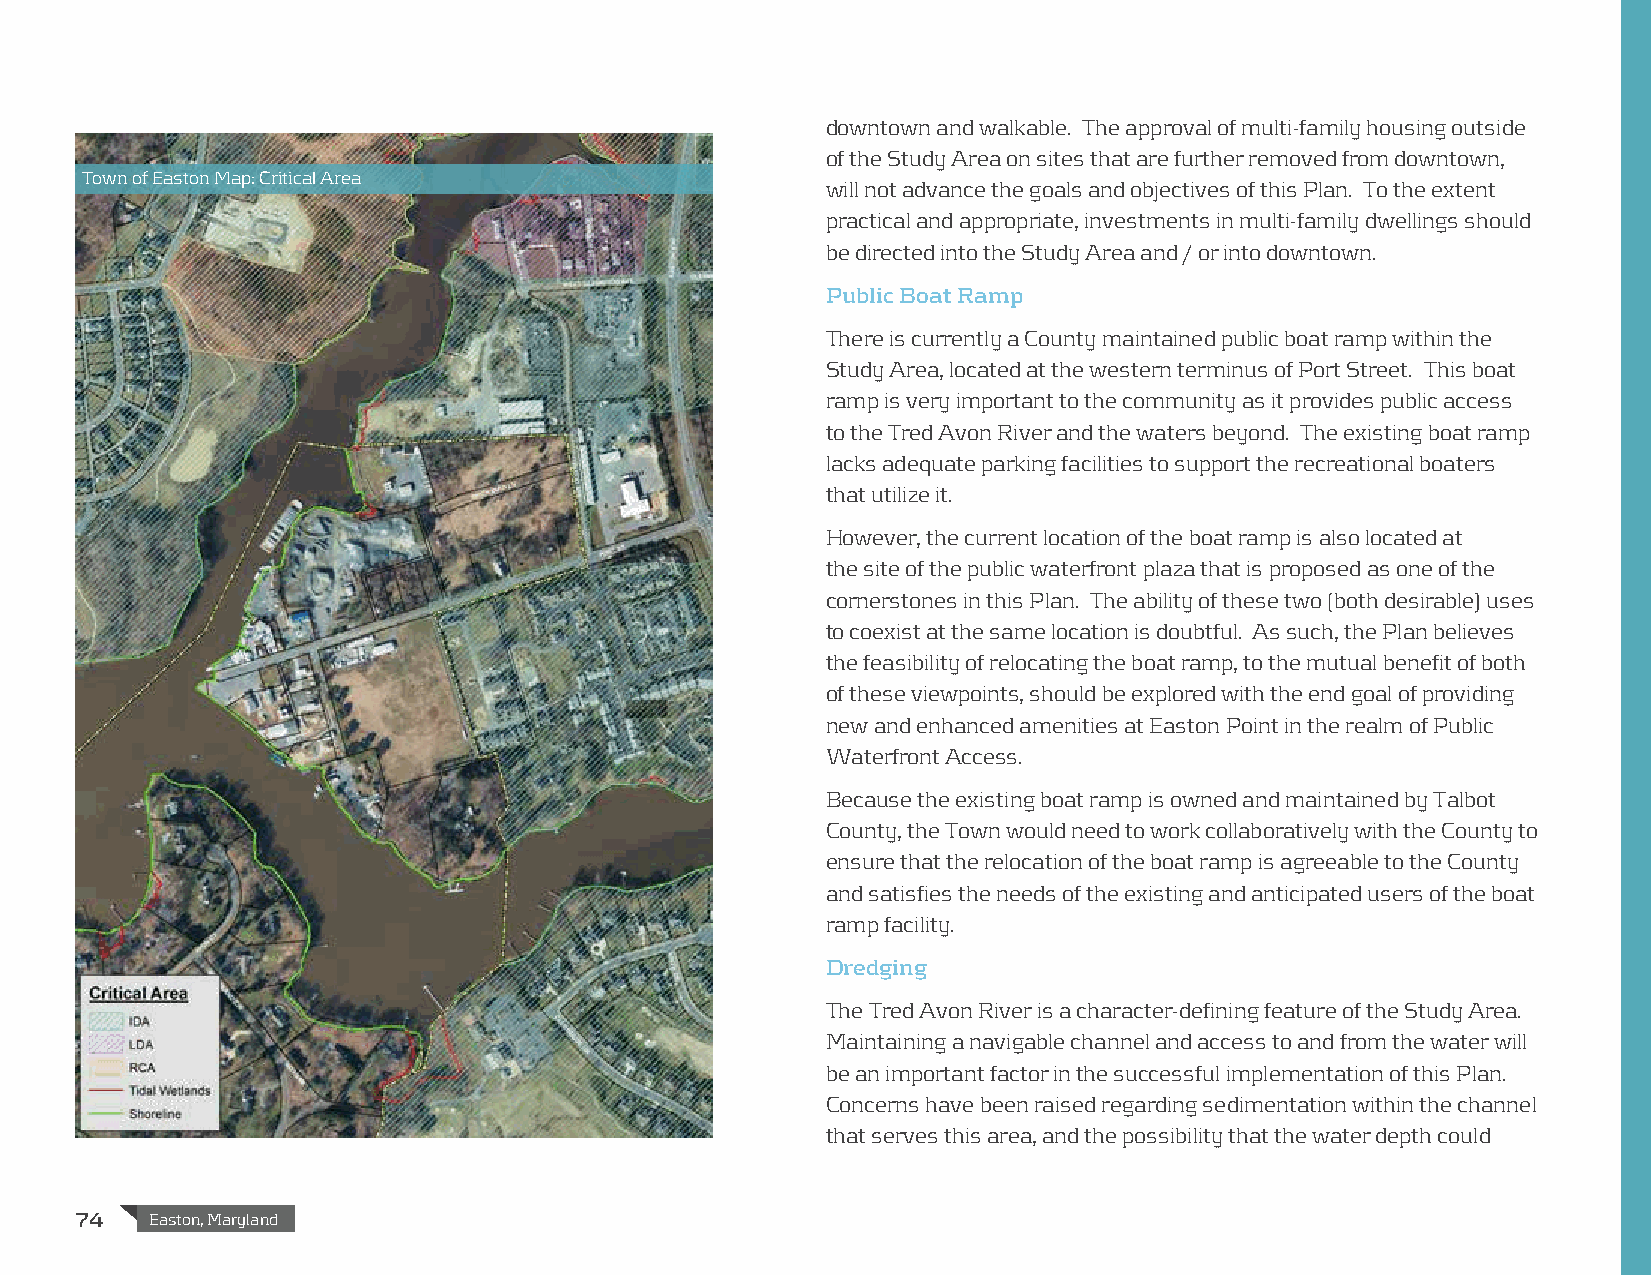
downtown and walkable. The approval of multi-family housing outside
 of the Study Area on sites that are further removed from downtown,
 Town of Easton Map: Critical Area
 will not advance the goals and objectives of this Plan. To the extent
 practical and appropriate, investments in multi-family dwellings should
 be directed into the Study Area and / or into downtown.
 Public Boat Ramp
 There is currently a County maintained public boat ramp within the
 Study Area, located at the western terminus of Port Street. This boat
 ramp is very important to the community as it provides public access
 to the Tred Avon River and the waters beyond. The existing boat ramp
 lacks adequate parking facilities to support the recreational boaters
 that utilize it.
 However, the current location of the boat ramp is also located at
 the site of the public waterfront plaza that is proposed as one of the
 cornerstones in this Plan. The ability of these two (both desirable) uses
 to coexist at the same location is doubtful. As such, the Plan believes
 the feasibility of relocating the boat ramp, to the mutual benefit of both
 of these viewpoints, should be explored with the end goal of providing
 new and enhanced amenities at Easton Point in the realm of Public
 Waterfront Access.
 Because the existing boat ramp is owned and maintained by Talbot
 County, the Town would need to work collaboratively with the County to
 ensure that the relocation of the boat ramp is agreeable to the County
 and satisfies the needs of the existing and anticipated users of the boat
 ramp facility.
 Dredging
 The Tred Avon River is a character-defining feature of the Study Area.
 Maintaining a navigable channel and access to and from the water will
 be an important factor in the successful implementation of this Plan.
 Concerns have been raised regarding sedimentation within the channel
 that serves this area, and the possibility that the water depth could
 74   Easton, Maryland